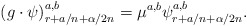
\begin{align*}(g\cdot \psi)^{a,b}_{r+a/n+\alpha /2n}=\mu^{a,b}\psi^{a,b}_{r+a/n+\alpha/2n}.\end{align*}